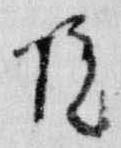
院